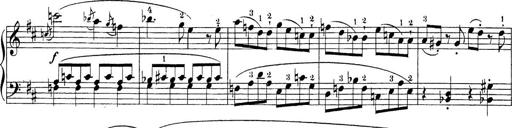
Title: Sonatina Album
Composer: Louis KÃ¶hler